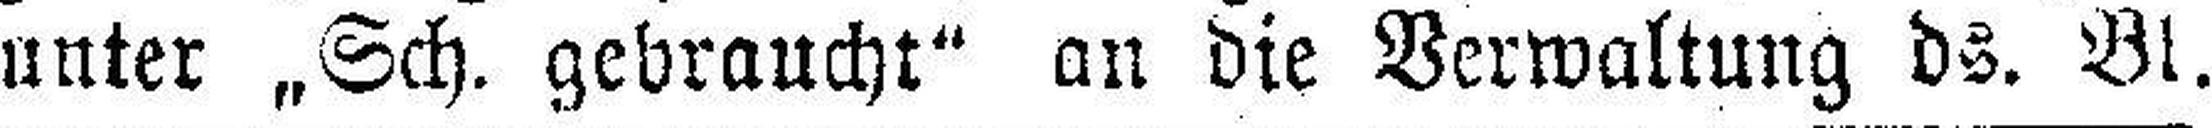
unter „Sch, gebraucht“ an die Verwaltung ds. Bl.